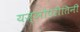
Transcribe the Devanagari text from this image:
यज्ञोपरीतिनी